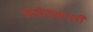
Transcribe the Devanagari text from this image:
कशेरुकाशी